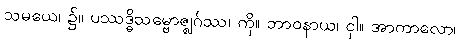
သမယေ၊ ၌။ ပဿဒ္ဓိသမ္ဗောဇ္ဈင်္ဂဿ၊ ကို။ ဘာဝနာယ၊ ငှါ။ အာကာလော၊